Annual report on the Civil Veterinary Department, Burma (including the Insein Veterinary School) - 1910-1922
Year: 1910
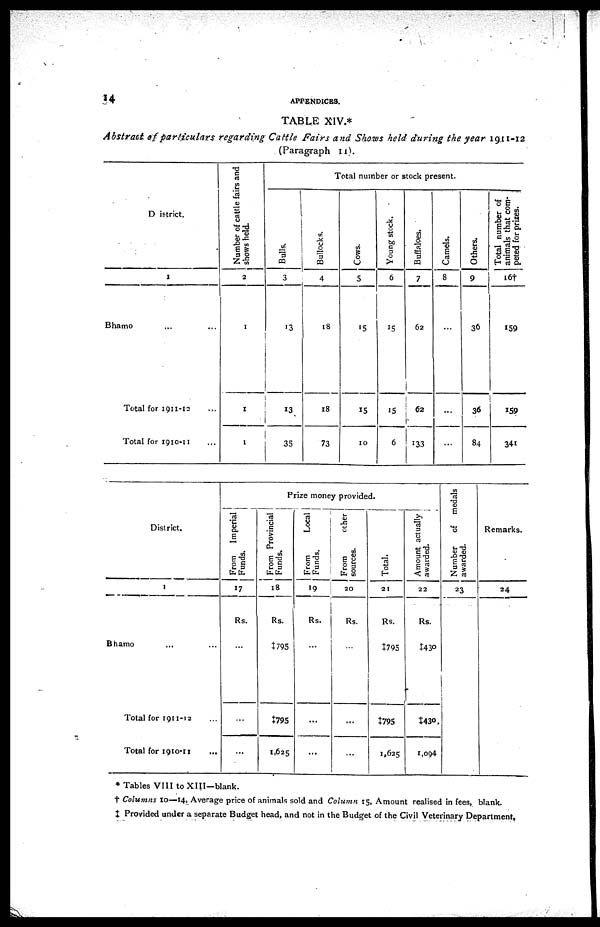
14
APPENDICES.
TABLE XIV.*
Abstract of particulars regarding Cattle Fairs and Shows held during the year 1911-12
(Paragraph 11).
District.
1
Bhamo ... ...
Total for 1911-12 ...
Total for 1910-11 ...
Number of cattle fairs and
shows held.
2
1
1
1
Bul l s.
3
13
13
35
Total number or stock present.
Bullocks.
4
18
18
73
Cows.
5
15
15
10
Young stock.
6
15
15
6
Buffaloes.
7
62
62
133
Camels.
8
...
...
Others.
9
36
36
84
Total number of
animals that com-
peted for prizes.
16†
159
159
34t
District.
1
Bhamo ... ...
Total for 1911-12 ...
Total for 1910-11 ...
Prize money provided.
From Imperial
Funds.
17
Rs.
...
...
...
From Provincial
Funds.
18
Rs.
‡795
‡795
1,625
From
Local
Funds.
19
i
Rs.
...
...
...
From
other
sources.
20
Rs.
...
...
...
Total.
21
Rs.
‡795
‡795
1,625
Amount actually
awarded.
22
Rs.
‡430
‡430
1,094
medals
Number
of
awarded.
23
Remarks.
24
* Tables VIII to XIII—blank.
† Columns 10—14, Average price of animals sold and Column 15, Amount realised in fees, blank.
‡ Provided under a separate Budget head, and not in the Budget of the Civil Veterinary Department,